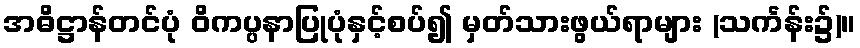
အဓိဋ္ဌာန်တင်ပုံ ဝိကပ္ပနာပြုပုံနှင့်စပ်၍ မှတ်သားဖွယ်ရာများ (သင်္ကန်း၌)။